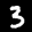
Label: 3